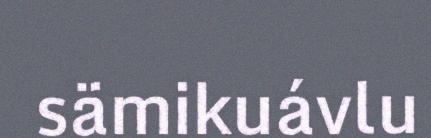
sämikuávlu